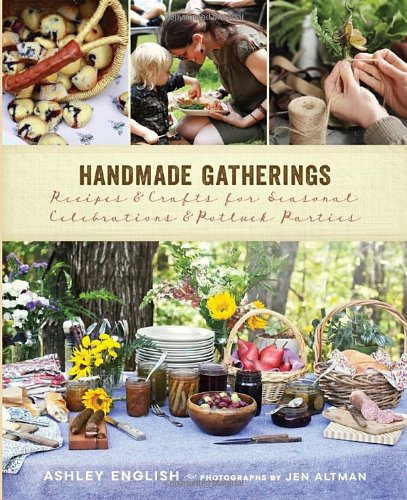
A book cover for Handmade Gatherings: Recipes and Crafts for Seasonal Celebrations and Potluck Parties; Ashley English; Crafts, Hobbies & Home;